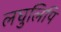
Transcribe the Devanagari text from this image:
लघुलिपि